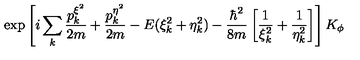
\exp \left[ i \sum _ { k } \frac { p _ { k } ^ { \xi ^ { 2 } } } { 2 m } + \frac { p _ { k } ^ { \eta ^ { 2 } } } { 2 m } - E ( \xi _ { k } ^ { 2 } + \eta _ { k } ^ { 2 } ) - \frac { \hbar ^ { 2 } } { 8 m } \left[ \frac { 1 } { \xi _ { k } ^ { 2 } } + \frac { 1 } { \eta _ { k } ^ { 2 } } \right] \right] K _ { \phi }